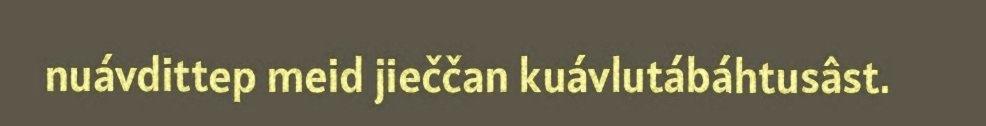
nuávdittep meid jieččan kuávlutábáhtusâst.